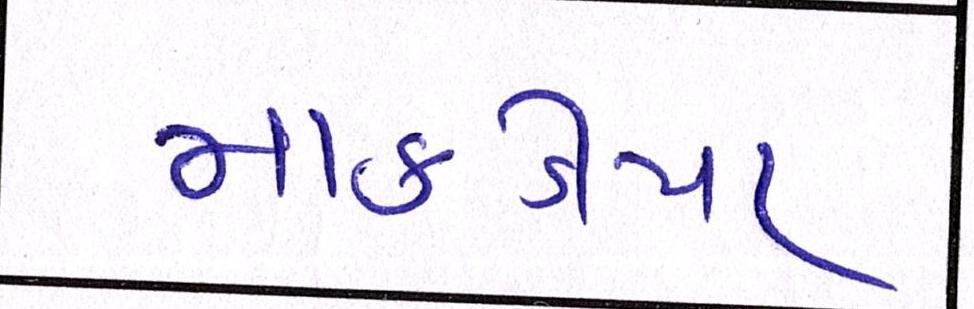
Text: માકડીયા